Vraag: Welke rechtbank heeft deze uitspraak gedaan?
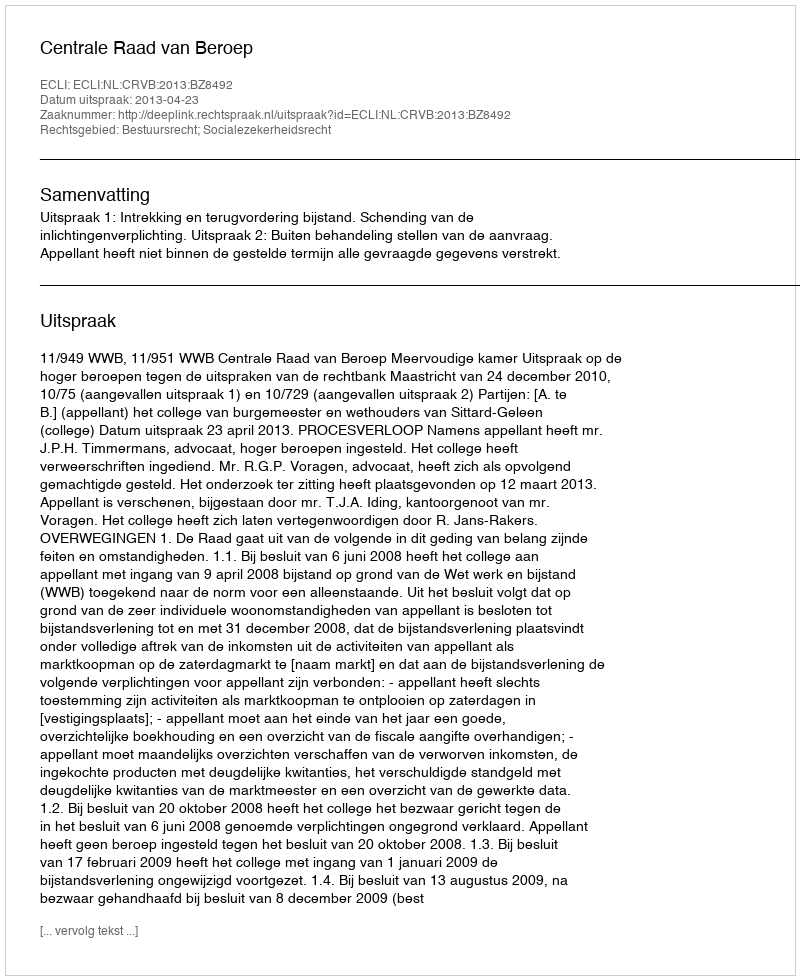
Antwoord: Centrale Raad van Beroep